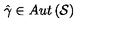
\hat { \gamma } \in A u t \left( \mathcal { S } \right)